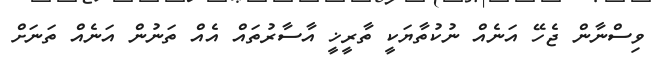
ވިސްނާން ޖެހޭ އަނެއް ނުކުތާޔަކީ ތާރީޚީ އާސާރުތައް އެއް ތަނުން އަނެއް ތަނަށް